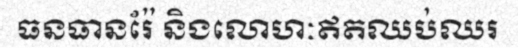
ធនធានរ៉ែ និងលោហៈឥតឈប់ឈរ